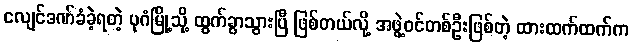
ငလျင်ဒဏ်ခံခဲ့ရတဲ့ ပုဂံမြို့သို့ ထွက်ခွာသွားပြီ ဖြစ်တယ်လို့ အဖွဲ့ဝင်တစ်ဦးဖြစ်တဲ့ ထားထက်ထက်က